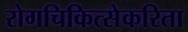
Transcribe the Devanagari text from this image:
रोगचिकित्सेकरिता